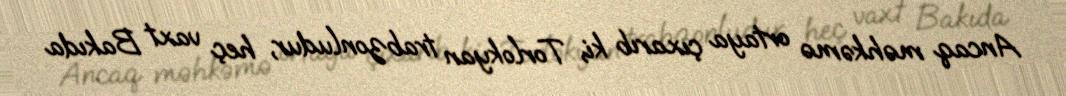
Ancaq məhkəmə ortaya çıxarıb ki, Torlokyan trabzonludur, heç vaxt Bakıda